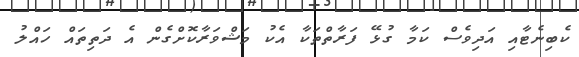
ކެބިނެޓާއި އަދިވެސް ކަމާ ގުޅޭ ފަރާތްތަކާ އެކު މަޝްވަރާކޮށްގެން އެ ދަތިތައް ހައްލު